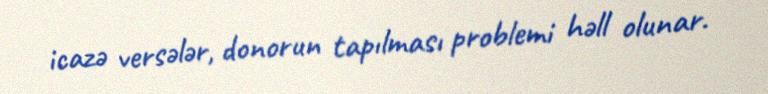
icazə versələr, donorun tapılması problemi həll olunar.